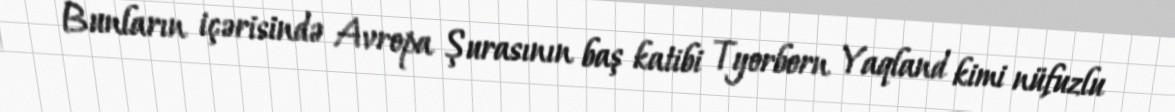
Bunların içərisində Avropa Şurasının baş katibi Tyorborn Yaqland kimi nüfuzlu